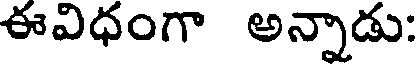
ఈవిధంగా అన్నాడు: